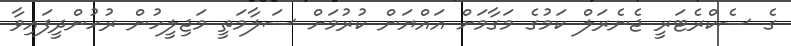
ގެ ސެކްރެޓަރީ ޖެނެރަލް ކަމުގެ މަގާމަށް އައްޔަން ކުރުމަށް ސަލާމަތީ މަޖިލީހުން ރުހުންދީފައިވާ